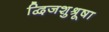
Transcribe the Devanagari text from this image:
द्विजशुश्रूषा